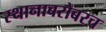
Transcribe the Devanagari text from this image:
स्थानाबरोबरच